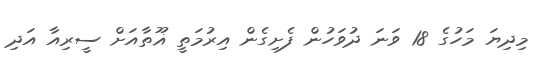
މިދިޔަ މަހުގެ 18 ވަނަ ދުވަހުން ފެށިގެން އިރުމަތީ ޣޫތާއަށް ސީރިއާ އަދި